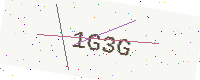
Text: 1G3G